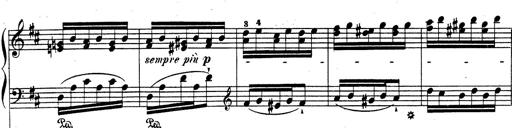
Title: Rhapsodie espagnole
Composer: Franz Liszt